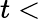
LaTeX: t<